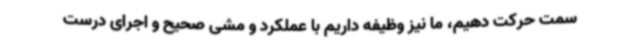
سمت حرکت دهیم، ما نیز وظیفه داریم با عملکرد و مشی صحیح و اجرای درست